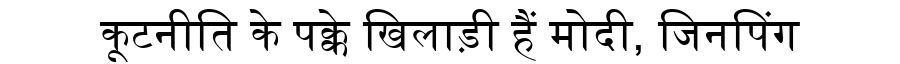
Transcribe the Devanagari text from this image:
कूटनीति के पक्के खिलाड़ी हैं मोदी, जिनपिंग